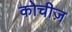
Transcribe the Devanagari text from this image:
कोचीज़